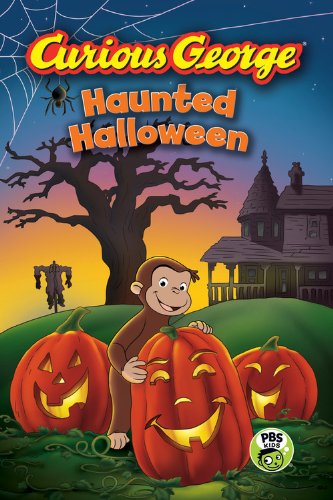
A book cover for Curious George Haunted Halloween (CGTV Reader); H. A. Rey; Children's Books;